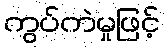
ကွပ်ကဲမှုဖြင့်